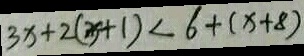
3 x + 2 ( x + 1 ) < 6 + ( x + 8 )